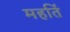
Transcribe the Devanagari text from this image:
महतिं